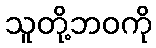
သူတို့ဘဝကို